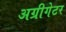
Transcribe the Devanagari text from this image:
अग्रीगेटर